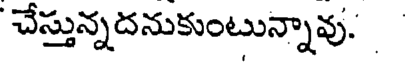
చేస్తున్నదనుకుంటున్నావు.